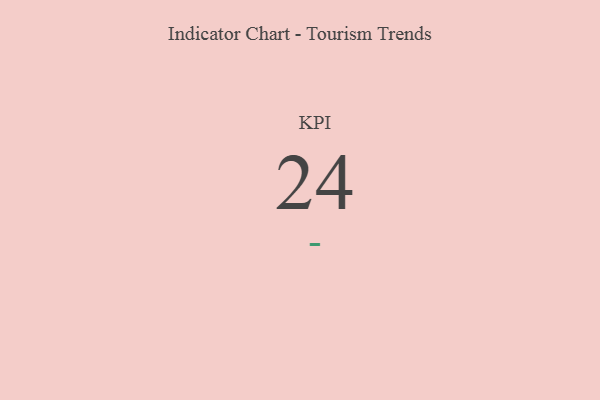
{"axis": {"x": "KPI", "y": "Value"}, "legend": [""], "data": [{"x": "KPI", "y": 24, "type": ""}]}